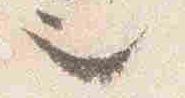
也